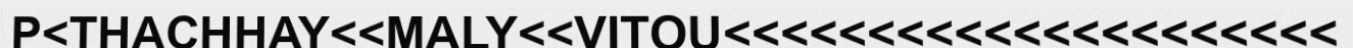
P<THACHHAY<<MALY<<VITOU<<<<<<<<<<<<<<<<<<<<<